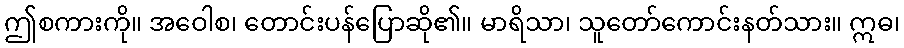
ဤစကားကို။ အဝေါစ၊ တောင်းပန်ပြောဆို၏။ မာရိသာ၊ သူတော်ကောင်းနတ်သား။ ဣဓ၊